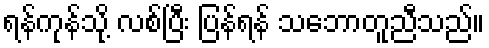
ရန်ကုန်သို့ လစ်ပြီး ပြန်ရန် သဘောတူညီသည်။